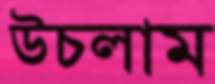
উচলাম